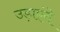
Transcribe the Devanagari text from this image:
उड़ाएंगे